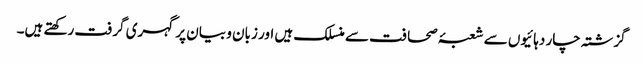
گزشتہ چار دہائیوں سے شعبۂ صحافت سے منسلک ہیں اور زبان و بیان پر گہری گرفت رکھتے ہیں۔